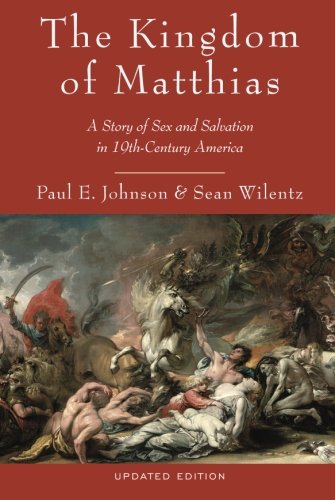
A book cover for The Kingdom of Matthias: A Story of Sex and Salvation in 19th-Century America; Paul E. Johnson; Religion & Spirituality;